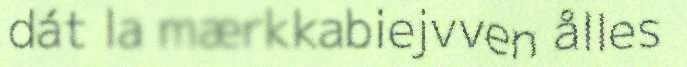
dát la mærkkabiejvven ålles